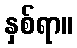
နှစ်ရာ။